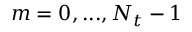
m = 0 , . . . , N _ { t } - 1